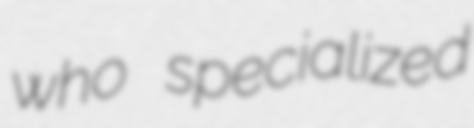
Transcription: who specialized